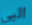
البي